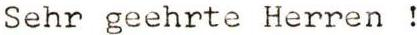
Sehr geehrte Herren !